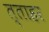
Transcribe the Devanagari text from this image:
त्ताहर